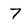
Character: 7